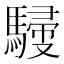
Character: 𩤿